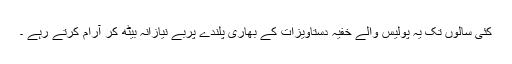
کئی سالوں تک یہ پولیس والے خفیہ دستاویزات کے بھاری پلندے پربے نیازانہ بیٹھ کر آرام کرتے رہے ۔